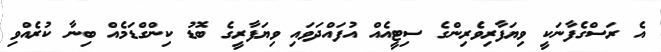
އެ ރަސްގެފާނަކީ ވިޔަފާރިވެރިންގެ ސިޓީއެއް އުފައްދަވައި ވިޔަފާރީގެ ބޮޑު ކިންގްޑަމެއް ބިނާ ކުރެއްވި